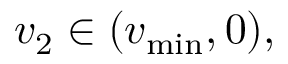
v _ { 2 } \in ( v _ { \operatorname* { m i n } } , 0 ) ,